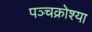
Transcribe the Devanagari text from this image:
पञ्चक्रोश्या